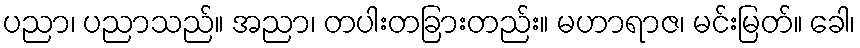
ပညာ၊ ပညာသည်။ အညာ၊ တပါးတခြားတည်း။ မဟာရာဇ၊ မင်းမြတ်။ ခေါ၊